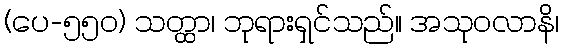
(ပေ-၅၅၀) သတ္ထာ၊ ဘုရားရှင်သည်။ အသုဝလာနိ၊